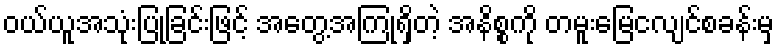
ဝယ်ယူအသုံးပြုခြင်းဖြင့် အတွေ့အကြုံရှိတဲ့ အနိစ္စကို တမူးမြေငလျင်စခန်းမှ